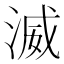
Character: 𣸵